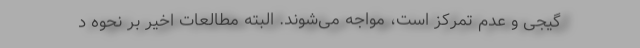
گیجی و عدم تمرکز است، مواجه می‌شوند. البته مطالعات اخیر بر نحوه د